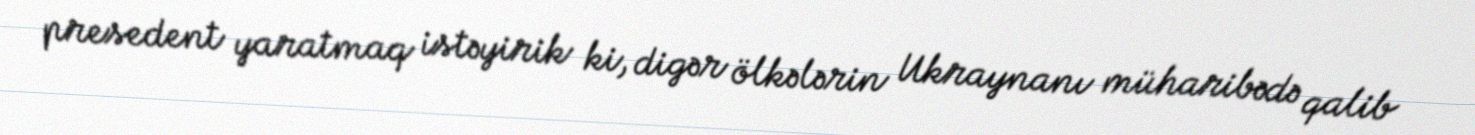
presedent yaratmaq istəyirik ki, digər ölkələrin Ukraynanı müharibədə qalib